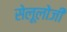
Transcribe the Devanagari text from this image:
सेलूलोजी